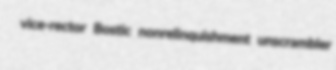
vice-rector Bostic nonrelinquishment unscrambler